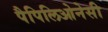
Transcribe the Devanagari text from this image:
पैपिलिओनेसी